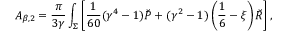
A _ { \beta , 2 } = { \frac { \pi } { 3 \gamma } } \int _ { \Sigma } \left[ { \frac { 1 } { 6 0 } } ( \gamma ^ { 4 } - 1 ) \breve { \cal P } + ( \gamma ^ { 2 } - 1 ) \left( \frac 1 6 - \xi \right) \breve { R } \right] ,